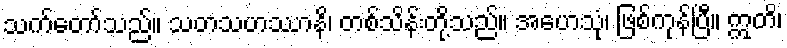
သက်တော်သည်။ သတသဟဿာနိ၊ တစ်သိန်းတို့သည်။ အဟေသုံ၊ ဖြစ်ကုန်ပြီ။ ဣတိ၊